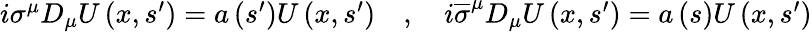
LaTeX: \begin{array}{r}{i\sigma^{\mu}D_{\mu}U\left(x,s^{\prime}\right)=a\left(s^{\prime}\right)U\left(x,s^{\prime}\right)\quad,\quad i\overline{{\sigma}}^{\mu}D_{\mu}U\left(x,s^{\prime}\right)=a\left(s\right)U\left(x,s^{\prime}\right)}\end{array}